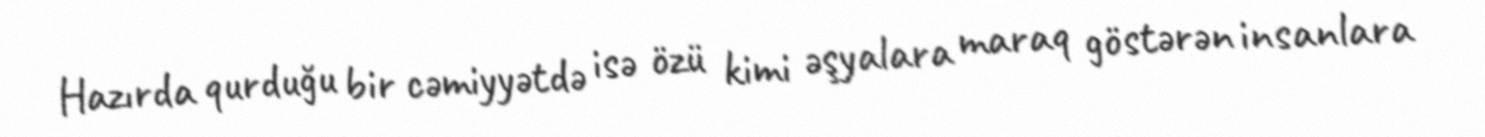
Hazırda qurduğu bir cəmiyyətdə isə özü kimi əşyalara maraq göstərən insanlara